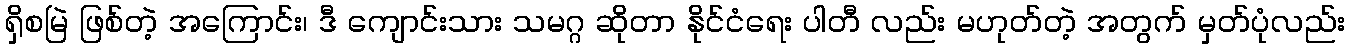
ရှိစမြဲ ဖြစ်တဲ့ အကြောင်း၊ ဒီ ကျောင်းသား သမဂ္ဂ ဆိုတာ နိုင်ငံရေး ပါတီ လည်း မဟုတ်တဲ့ အတွက် မှတ်ပုံလည်း